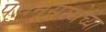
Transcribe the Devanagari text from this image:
पचनसंस्थेच्या